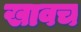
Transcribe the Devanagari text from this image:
खावच